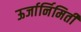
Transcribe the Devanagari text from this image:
ऊर्जार्निमिती